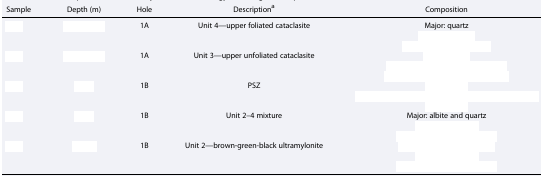
<table><thead><tr><td><b>Sample</b></td><td><b>Depth (m)</b></td><td><b>Hole</b></td><td><b>Descriptiona</b></td><td><b>Composition</b></td></tr></thead><tbody><tr><td rowspan="3">[EMPTY_CELL]</td><td rowspan="3">[EMPTY_CELL]</td><td rowspan="3">1A</td><td rowspan="3">Unit 4—upper foliated cataclasite</td><td>Major: quartz</td></tr><tr><td>[EMPTY_CELL]</td></tr><tr><td>[EMPTY_CELL]</td></tr><tr><td rowspan="3">[EMPTY_CELL]</td><td rowspan="3">[EMPTY_CELL]</td><td rowspan="3">1A</td><td rowspan="3">Unit 3—upper unfoliated cataclasite</td><td>[EMPTY_CELL]</td></tr><tr><td>[EMPTY_CELL]</td></tr><tr><td>[EMPTY_CELL]</td></tr><tr><td rowspan="3">[EMPTY_CELL]</td><td rowspan="3">[EMPTY_CELL]</td><td rowspan="3">1B</td><td rowspan="3">PSZ</td><td>[EMPTY_CELL]</td></tr><tr><td>[EMPTY_CELL]</td></tr><tr><td>[EMPTY_CELL]</td></tr><tr><td rowspan="3">[EMPTY_CELL]</td><td rowspan="3">[EMPTY_CELL]</td><td rowspan="3">1B</td><td rowspan="3">Unit 2–4 mixture</td><td>Major: albite and quartz</td></tr><tr><td>[EMPTY_CELL]</td></tr><tr><td>[EMPTY_CELL]</td></tr><tr><td rowspan="3">[EMPTY_CELL]</td><td rowspan="3">[EMPTY_CELL]</td><td rowspan="3">1B</td><td rowspan="3">Unit 2—brown‐green‐black ultramylonite</td><td>[EMPTY_CELL]</td></tr><tr><td>[EMPTY_CELL]</td></tr><tr><td>[EMPTY_CELL]</td></tr></tbody></table>